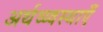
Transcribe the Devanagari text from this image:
अर्थव्य्वस्थाएँ